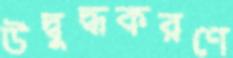
উদ্বুদ্ধকরণে